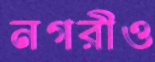
নগরীও